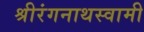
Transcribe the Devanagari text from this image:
श्रीरंगनाथस्वामी